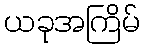
ယခုအကြိမ်